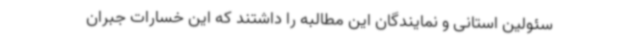
سئولین استانی و نمایندگان این مطالبه را داشتند که این خسارات جبران